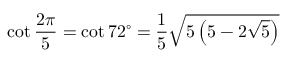
\cot { \frac { 2 \pi } { 5 } } = \cot 7 2 ^ { \circ } = { \frac { 1 } { 5 } } { \sqrt { 5 \left( 5 - 2 { \sqrt { 5 } } \right) } }